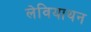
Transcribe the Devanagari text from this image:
लेवियाथन